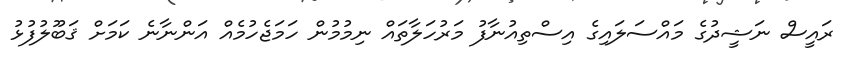
ރައީސް ނަޝީދުގެ މައްސަލައިގެ އިސްތިއުނާފު މަރުހަލާތައް ނިމުމުން ހަމަޖެހުމެއް އަންނާނެ ކަމަށް ޤަބޫލުފުޅު